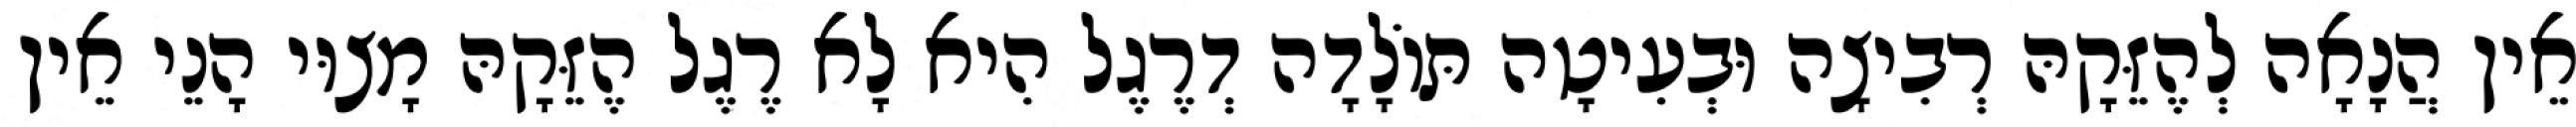
אֵין הֲנָאָה לְהֶזֵּקָהּ רְבִיצָה וּבְעִיטָה תּוֹלָדָה דְרֶגֶל הִיא לָא רֶגֶל הֶזֵּקָהּ מָצוּי הָנֵי אֵין